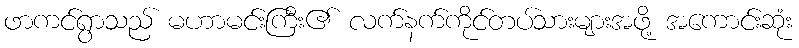
ဖာကင်ရွာသည် မဟာမင်းကြီး၏ လက်နက်ကိုင်တပ်သားများအဖို့ အကောင်းဆုံး